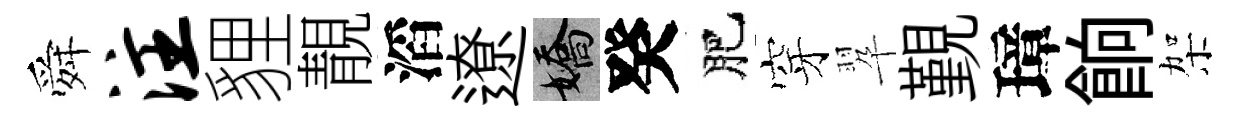
舜注貍靚滔遼嬌癸肥穿翆覲璋餉架